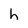
Character: h